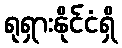
ရုရှားနိုင်ငံရှိ